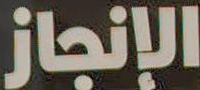
الإنجاز